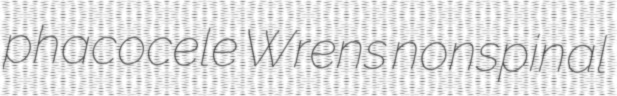
phacocele Wrens nonspinal